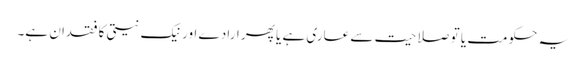
یہ حکومت یا تو صلاحیت سے عاری ہے یا پھر ارادے اور نیک نیتی کا فقدان ہے۔